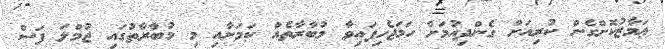
ޢަމާޒުކޮށްގެން ކުރިއަށް ގެންދިއުމަށް ހަމަޖެހިފައިވާ މުބާރާތެއް ކަމަށާއި މި މުބާރާތުގައި ޖުމްލަ ފަސް